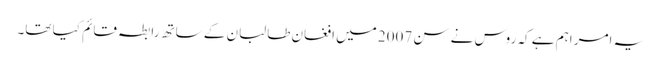
یہ امر اہم ہے کہ روس نے سن 2007 میں افغان طالبان کے ساتھ رابطہ قائم کیا تھا۔